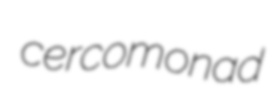
cercomonad